Insane asylums in Bengal annual reports 1867-1875 - 1867-1875
Year: 1867
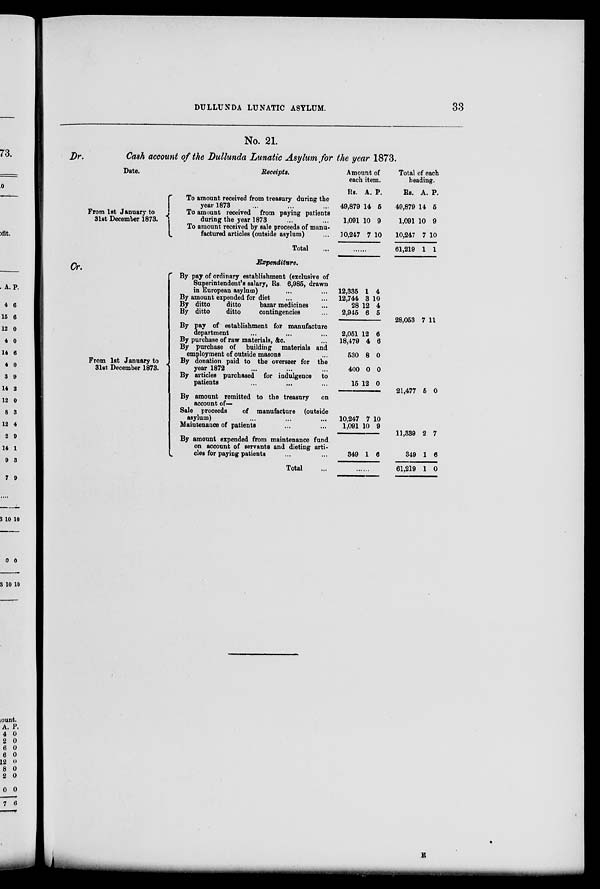
DULLUNDA LUNATIC ASYLUM.
33
No. 21.
Dr.
Cash account of the Dullunda Lunatic Asylum for the year 1873.
Date.
From 1st January to
31st December 1873.
Receipts.
To amount received from treasury during the
year 1873 ... ... ...
To amount received from paying patients
during the year 1873 ... ...
To amount received by sale proceeds of manu-
factured articles (outside asylum) ...
Total ...
Amount of
each item.
Rs.
49,879
1,091
10,247
A.
14
10
7
P.
5
9
10
......
Total of each
heading.
Rs.
49,879
1,091
10,247
61,219
A.
14
10
7
1
P.
5
9
10
1
Expenditure.
Cr.
From 1st January to
31st December 1873.
By pay of ordinary establishment (exclusive of
Superintendent's salary, Rs. 6,985, drawn
in European asylum) ... ...
By amount expended for diet ... ...
By ditto
ditto
bazar medicines ...
By ditto
ditto
contingencies ...
By pay of establishment for manufacture
department ... ... ...
By purchase of raw materials, &c. ...
By purchase of building materials and
employment of outside masons ...
By donation paid to the overseer for the
year 1872 ... ... ...
By articles purchased for indulgence to
patients ... ...
By amount remitted to the treasury
on
account of—
Sale proceeds
of manufacture (outside
asylum) ... ... ...
Maintenance of patients ... ...
By amount expended from maintenance fund
on account of servants and dieting arti-
cles for paying patients ... ...
Total ...
12,335
12,744
28
2,945
2,051
18,479
530
400
15
10,247
1,091
349
1
3
12
6
12
4
8
0
12
7
10
1
4
10
4
5
6
6
0
0
0
10
9
6
......
28,053
21,477
11,339
349
61,219
7
5
2
1
1
11
0
7
6
0
E